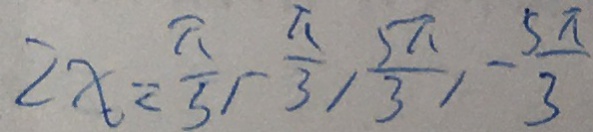
2 x = \frac { \pi } { 3 } , - \frac { \pi } { 3 } , \frac { 5 \pi } { 3 } , - \frac { 5 \pi } { 3 }